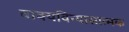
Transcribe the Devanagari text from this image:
वाक्यविन्यासात्मक